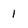
Character: 1